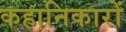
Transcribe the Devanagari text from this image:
कहानिकारों